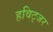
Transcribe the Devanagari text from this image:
हविट्जर